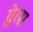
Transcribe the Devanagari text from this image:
ग्लेरस